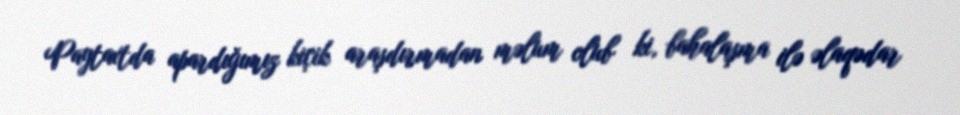
Paytaxtda apardığımız kiçik araşdırmadan məlum olub ki, bahalaşma ilə əlaqədar